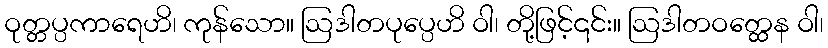
ဝုတ္တပ္ပကာရေဟိ၊ ကုန်သော။ ဩဒါတပုပ္ပေဟိ ဝါ၊ တို့ဖြင့်၎င်း။ ဩဒါတဝတ္ထေန ဝါ၊